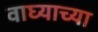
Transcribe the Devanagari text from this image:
वाघ्याच्या